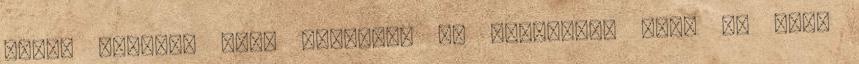
ajtót nyitni. Nagy örömére, az édesanyja állt az ajtó